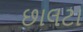
છાલટા